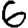
Digit: 6